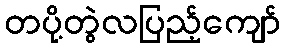
တပို့တွဲလပြည့်ကျော်